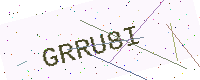
Text: GRRU8I